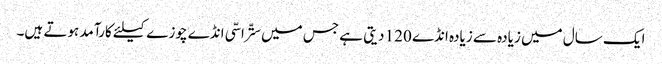
ایک سال میں زیادہ سے زیادہ انڈے 120 دیتی ہے جس میں ستّراسّی انڈے چوزے کیلئے کارآمد ہوتے ہیں۔